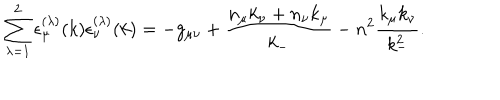
LaTeX: \sum _ { { \lambda } = 1 } ^ { 2 } { \epsilon } _ { \mu } ^ { ( { \lambda } ) } ( k ) { \epsilon } _ { \nu } ^ { ( { \lambda } ) } ( k ) = - g _ { { \mu } { \nu } } + \frac { n _ { \mu } k _ { \nu } + n _ { \nu } k _ { \mu } } { k _ { - } } - n ^ { 2 } \frac { k _ { \mu } k _ { \nu } } { k _ { - } ^ { 2 } } .